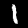
Label: 1